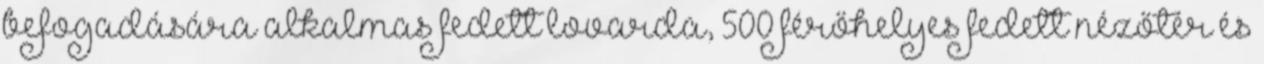
befogadására alkalmas fedett lovarda, 500 férőhelyes fedett nézőtér és